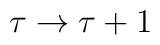
\tau \rightarrow \tau +1